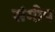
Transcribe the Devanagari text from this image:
संमीप